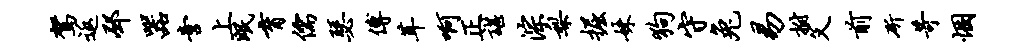
驾返邳器啻上眠育儒瑟傅茸啊正谌淙梨掘妹狗守兔易拊父前斫苛悃